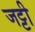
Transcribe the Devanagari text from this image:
जट्टी